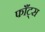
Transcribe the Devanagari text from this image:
फाँट्‌स